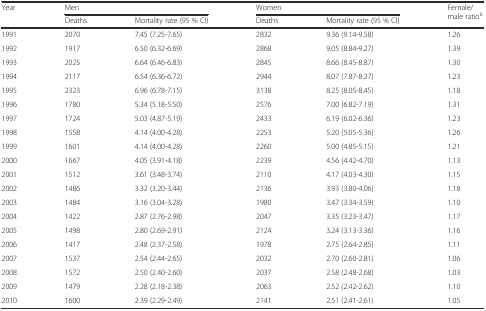
<table><thead><tr><td rowspan="2"><b>Year</b></td><td colspan="2"><b>Men</b></td><td colspan="2"><b>Women</b></td><td rowspan="2"><b>Female/male ratio<sup>b</sup></b></td></tr><tr><td><b>Deaths</b></td><td><b>Mortality rate (95 % CI)</b></td><td><b>Deaths</b></td><td><b>Mortality rate (95 % CI)</b></td></tr></thead><tbody><tr><td>1991</td><td>2070</td><td>7.45 (7.25-7.65)</td><td>2832</td><td>9.36 (9.14-9.58)</td><td>1.26</td></tr><tr><td>1992</td><td>1917</td><td>6.50 (6.32-6.69)</td><td>2868</td><td>9.05 (8.84-9.27)</td><td>1.39</td></tr><tr><td>1993</td><td>2025</td><td>6.64 (6.46-6.83)</td><td>2845</td><td>8.66 (8.45-8.87)</td><td>1.30</td></tr><tr><td>1994</td><td>2117</td><td>6.54 (6.36-6.72)</td><td>2944</td><td>8.07 (7.87-8.27)</td><td>1.23</td></tr><tr><td>1995</td><td>2323</td><td>6.96 (6.78-7.15)</td><td>3138</td><td>8.25 (8.05-8.45)</td><td>1.18</td></tr><tr><td>1996</td><td>1780</td><td>5.34 (5.18-5.50)</td><td>2576</td><td>7.00 (6.82-7.19)</td><td>1.31</td></tr><tr><td>1997</td><td>1724</td><td>5.03 (4.87-5.19)</td><td>2433</td><td>6.19 (6.02-6.36)</td><td>1.23</td></tr><tr><td>1998</td><td>1558</td><td>4.14 (4.00-4.28)</td><td>2253</td><td>5.20 (5.05-5.36)</td><td>1.26</td></tr><tr><td>1999</td><td>1601</td><td>4.14 (4.00-4.28)</td><td>2260</td><td>5.00 (4.85-5.15)</td><td>1.21</td></tr><tr><td>2000</td><td>1667</td><td>4.05 (3.91-4.18)</td><td>2239</td><td>4.56 (4.42-4.70)</td><td>1.13</td></tr><tr><td>2001</td><td>1512</td><td>3.61 (3.48-3.74)</td><td>2110</td><td>4.17 (4.03-4.30)</td><td>1.15</td></tr><tr><td>2002</td><td>1486</td><td>3.32 (3.20-3.44)</td><td>2136</td><td>3.93 (3.80-4.06)</td><td>1.18</td></tr><tr><td>2003</td><td>1484</td><td>3.16 (3.04-3.28)</td><td>1980</td><td>3.47 (3.34-3.59)</td><td>1.10</td></tr><tr><td>2004</td><td>1422</td><td>2.87 (2.76-2.98)</td><td>2047</td><td>3.35 (3.23-3.47)</td><td>1.17</td></tr><tr><td>2005</td><td>1498</td><td>2.80 (2.69-2.91)</td><td>2124</td><td>3.24 (3.13-3.36)</td><td>1.16</td></tr><tr><td>2006</td><td>1417</td><td>2.48 (2.37-2.58)</td><td>1978</td><td>2.75 (2.64-2.85)</td><td>1.11</td></tr><tr><td>2007</td><td>1537</td><td>2.54 (2.44-2.65)</td><td>2032</td><td>2.70 (2.60-2.81)</td><td>1.06</td></tr><tr><td>2008</td><td>1572</td><td>2.50 (2.40-2.60)</td><td>2037</td><td>2.58 (2.48-2.68)</td><td>1.03</td></tr><tr><td>2009</td><td>1479</td><td>2.28 (2.18-2.38)</td><td>2063</td><td>2.52 (2.42-2.62)</td><td>1.10</td></tr><tr><td>2010</td><td>1600</td><td>2.39 (2.29-2.49)</td><td>2141</td><td>2.51 (2.41-2.61)</td><td>1.05</td></tr></tbody></table>